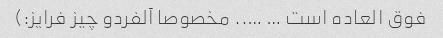
فوق العاده است … ….. مخصوصا آلفردو چیز فرایز:)